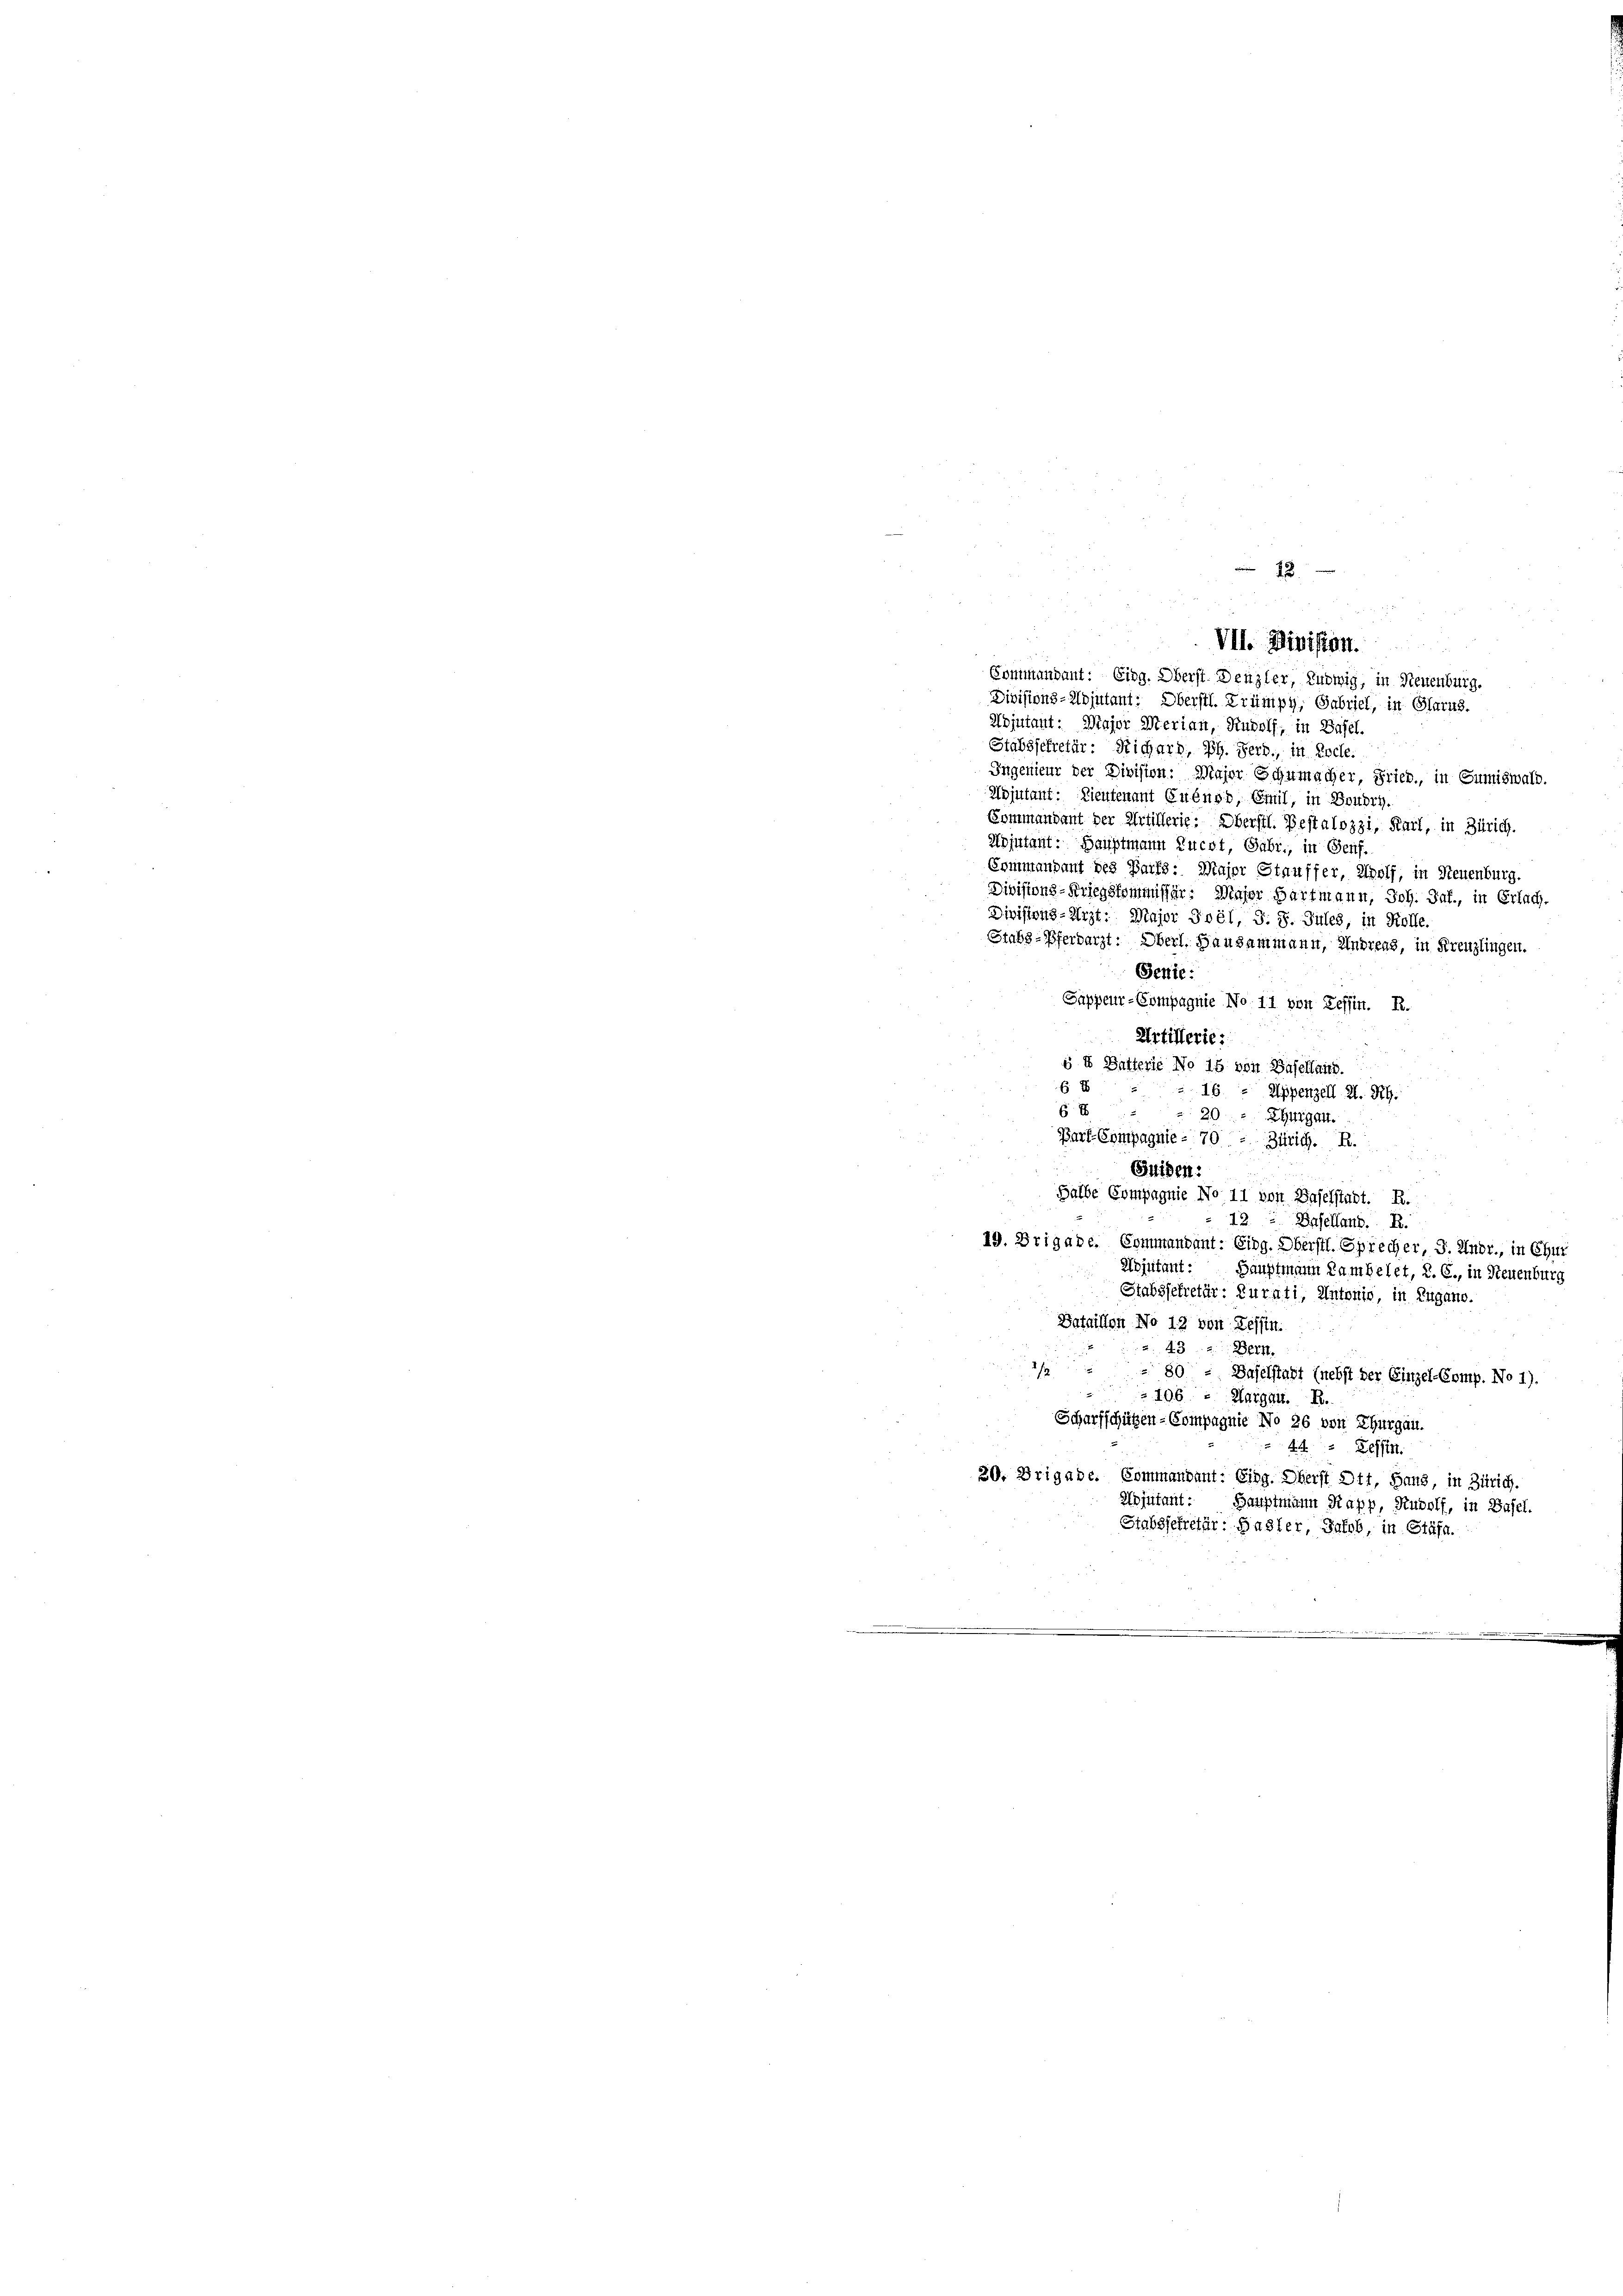
Stahssekretär: Richard, Ph. Herb., in Roche.
Ingenieur der Division: Major Schumacher, Fried, in Sumiswald.
Mojutant: Lieutenant Quénsb, Emil, in Boudrh.
Sommandant der Artillerie. Oberstl. Bestalozzi, Karl, in Zürich.
Adjutant: Hauptmann Rucht, Gabr., in Genf.
Commandant des Parts: Major Stauffer, Wolf, in Neuenburg.
Divisions-Kriegskommissär: Major Hartmann, Joh. Jaf., in Erlach.
Divisions-Arzt: Major Joöl, S. 8. Jules, in Kolle
Stabs-Pferdarzt. Oberl. Hausammann, Andreas, in Kreuzlingen.
Genie:
Sappeur-Compagnie No. 11 von Reffin. R.
Artillerie
5 u Balterie No 16 von Basellaich.
6 E
16 - Appenzell A. R.
6 E
20 gegen.
Bart-Compagnie - 70
Zürich. R.
Guthen:
Halbe Compagnie No. 11 von Baselstadt. R.
12. Daselland. R.
19. Brigabe. Commandant: Eing. Oberstl. Sprecher, J. Andr., in Chur
Adjutant:
Sauptmann kam belet, R. G., in Neuenburg
Stabssekretär: Kurati, Antonio, in Zugano.
Bataillon No 12 von Tessin.
a. 432. Bern.
2
 80. Daselstadt (nebst der Einzel-Comp. No 1).
2106 - Margau. R.
Scharfschützen-Compagnie No 26 von Thurgau.
4. Tessin.
20. Brigabe. Commandant: Eing. Oberst Ott, Haus, in Zürich.
Adjutant:
Hauptmann Rapp, Rudolf, in Basel.
Stabssekretär: Hasler, Jakob, in Stäfa.

4 x
VII. Division
Commandant: Eing. Oberst Denzler, Ludwig, in Neuenburg.
Divisions-Adjutant: Oberstl. Trümpy, Gabriel, in Glarus.
Adjutant: Diajor Serian, Rudolf, in Basel.